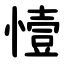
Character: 㦉